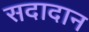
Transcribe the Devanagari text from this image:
सदादान